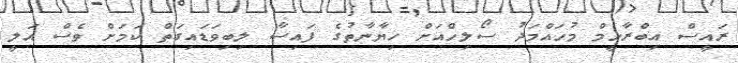
ރައީސް އިބްރާހީމް މުހައްމަދު ސޯލިހްއަށް ޚިޔާނާތުގެ ފައިސާ ލިބިވަޑައިގަތް ކަމަށް ވެސް އަލީ